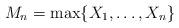
LaTeX: \begin{align*}M_n=\max\{X_1,\dots,X_n\}\end{align*}